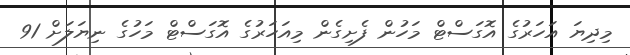
މިދިޔަ އަހަރުގެ އޮގަސްޓް މަހުން ފެށިގެން މިއަހަރުގެ އޮގަސްޓް މަހުގެ ނިޔަލަށް 91